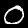
Label: 0